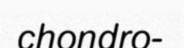
chondro-